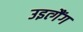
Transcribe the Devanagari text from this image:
उइत्गैंग